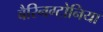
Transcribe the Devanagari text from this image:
बैरिनग्टोनिया